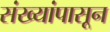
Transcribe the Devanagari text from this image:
संख्यांपासून